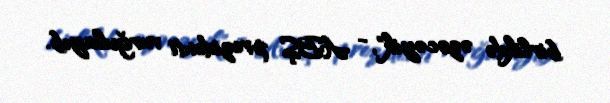
birlikdə əzəcəyik", - ABŞ prezidenti vurğulayıb.